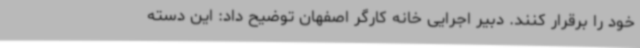
خود را برقرار کنند. دبیر اجرایی خانه کارگر اصفهان توضیح داد: این دسته